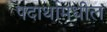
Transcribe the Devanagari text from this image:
पदार्थामधील